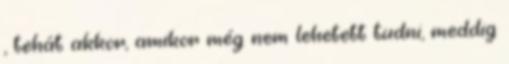
, tehát akkor, amikor még nem lehetett tudni, meddig